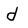
Character: d